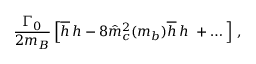
{ \frac { \Gamma _ { 0 } } { 2 m _ { B } } } \left[ \overline { { h } } \, h - 8 \hat { m } _ { c } ^ { 2 } ( m _ { b } ) \overline { { h } } \, h \ + \dots \right] \, ,